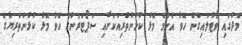
މެދުގައި ވޯޓުލައިގެން ހޮވާ އެންމެ މޮޅު ކުޅުންތެރިއަކަށާއި ސަޕޯޓަރުންގެ ހޮވާ މޮޅު ކުޅުންތެރިޔާގެ